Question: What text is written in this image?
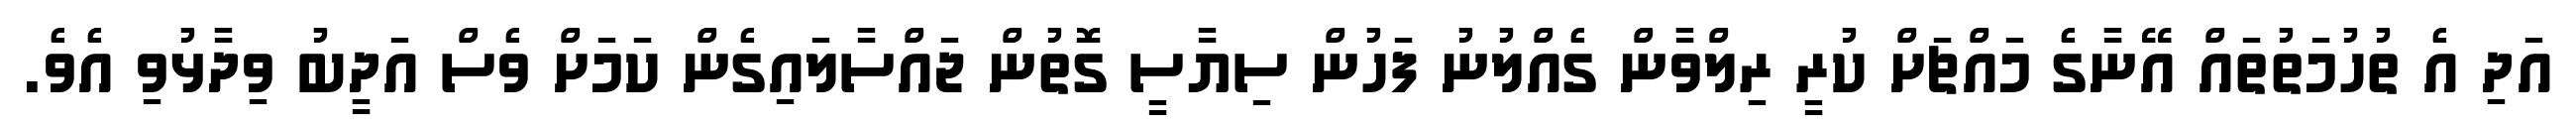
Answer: އަދި އެ ތުހުމަތުތައް އޭނާގެ މައްޗަށް ކުރީ ރިލްވާން ގެއްލުނު ފަހުން ސިޔާސީ ގޮތުން ޖައްސާލައިގެން ކަމަށް ވެސް އަދީބު ވިދާޅުވި އެވެ.